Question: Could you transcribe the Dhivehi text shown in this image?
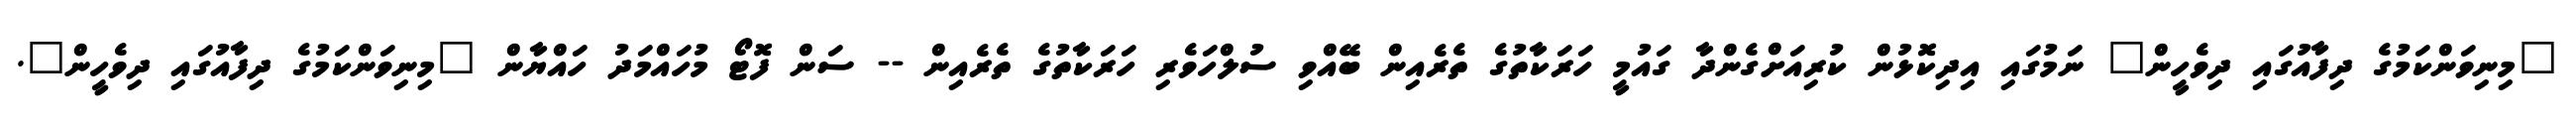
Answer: "މިނިވަންކަމުގެ ދިފާއުގައި ދިވެހީން" ނަމުގައި އިދިކޮޅުން ކުރިއަށްގެންދާ ގައުމީ ހަރަކާތުގެ ތެރެއިން ބޭއްވި ސުލްހަވެރި ހަރަކާތުގެ ތެރެއިން -- ސަން ފޮޓޯ މުހައްމަދު ހައްޔާން "މިނިވަންކަމުގެ ދިފާއުގައި ދިވެހީން".